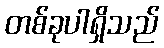
တစ်ခုပါရှိသည်